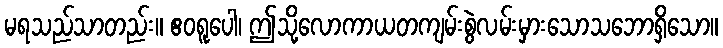
မရသည်သာတည်း။ ဧဝရူပေါ၊ ဤသို့လောကာယတကျမ်းစွဲလမ်းမှားသောသဘောရှိသော။